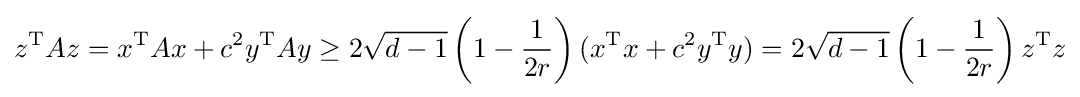
z^{\text{T}}Az=x^{\text{T}}Ax+c^{2}y^{\text{T}}Ay\geq 2{\sqrt {d-1}}\left(1-{\frac {1}{2r}}\right)(x^{\text{T}}x+c^{2}y^{\text{T}}y)=2{\sqrt {d-1}}\left(1-{\frac {1}{2r}}\right)z^{\text{T}}z